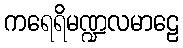
ကရေရိမဏ္ဍလမာဠေ